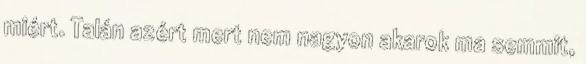
miért. Talán azért mert nem nagyon akarok ma semmit,